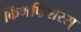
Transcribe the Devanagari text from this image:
किंगफिशरस्